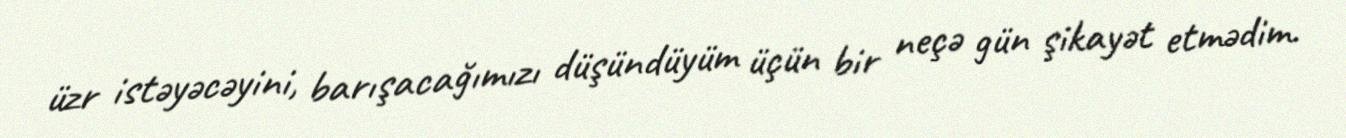
üzr istəyəcəyini, barışacağımızı düşündüyüm üçün bir neçə gün şikayət etmədim.